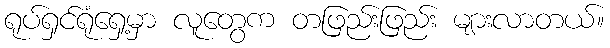
ရုပ်ရှင်ရုံရှေ့မှာ လူတွေက တဖြည်းဖြည်း များလာတယ်။